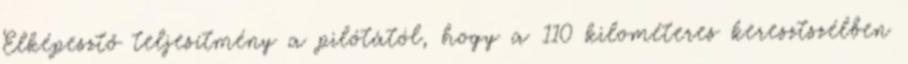
Elképesztő teljesítmény a pilótától, hogy a 110 kilométeres keresztszélben